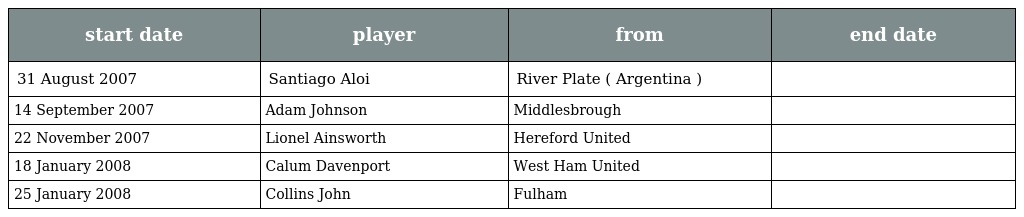
| start date | player | from | end date |
 | --- | --- | --- | --- |
 | 31 August 2007 | Santiago Aloi | River Plate ( Argentina ) |  |
 | 14 September 2007 | Adam Johnson | Middlesbrough |  |
 | 22 November 2007 | Lionel Ainsworth | Hereford United |  |
 | 18 January 2008 | Calum Davenport | West Ham United |  |
 | 25 January 2008 | Collins John | Fulham |  |